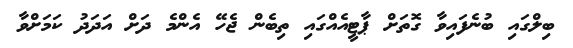
ބިލްގައި ބުނެފައިވާ ގޮތަށް ޕާޓީއެއްގައި ތިބެން ޖެހޭ އެންމެ ދަށް އަދަދު ކަމަށްވާ